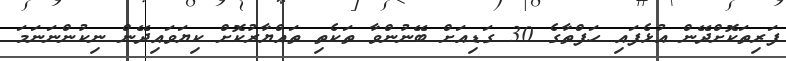
ފަރިތަކޮށްދޭން އުޅެފައި ހަފްތާގެ 30 ގަޑިއަށް ބޭނުންވާ ތަކެތި ތައްޔާރުކޮށް ކިޔަވައިދޭން ނިކުންނަނަމަ